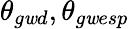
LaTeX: \theta_{g\mathit{w}d},\theta_{g\mathit{w}esp}